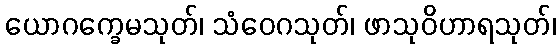
ယောဂက္ခေမသုတ်၊ သံဝေဂသုတ်၊ ဖာသုဝိဟာရသုတ်၊